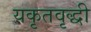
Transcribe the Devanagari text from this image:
यकृतवृद्धी